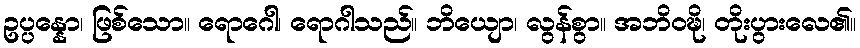
ဥပ္ပန္နော၊ ဖြစ်သော။ ရောဂေါ၊ ရောဂါသည်။ ဘိယျော၊ လွန်စွာ။ အဘိဝဍ္ဎိ၊ တိုးပွားလေ၏။